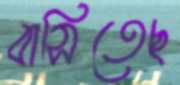
বাসিতেছ